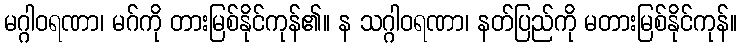
မဂ္ဂါဝရဏာ၊ မဂ်ကို တားမြစ်နိုင်ကုန်၏။ န သဂ္ဂါဝရဏာ၊ နတ်ပြည်ကို မတားမြစ်နိုင်ကုန်။